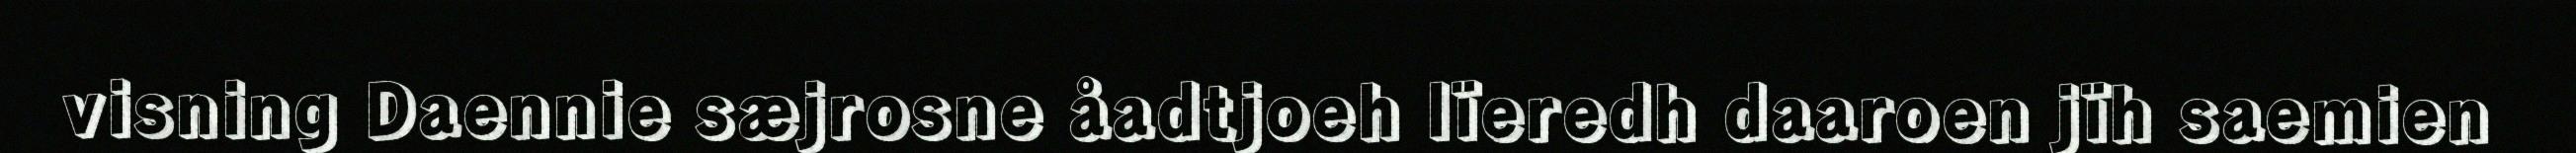
visning Daennie sæjrosne åadtjoeh lïeredh daaroen jïh saemien